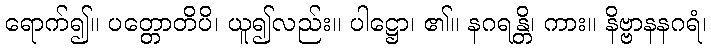
ရောက်၍။ ပတ္တောတိပိ၊ ယူ၍လည်း။ ပါဋ္ဌော၊ ၏။ နဂရန္တိ၊ ကား။ နိဗ္ဗာနနဂရံ၊